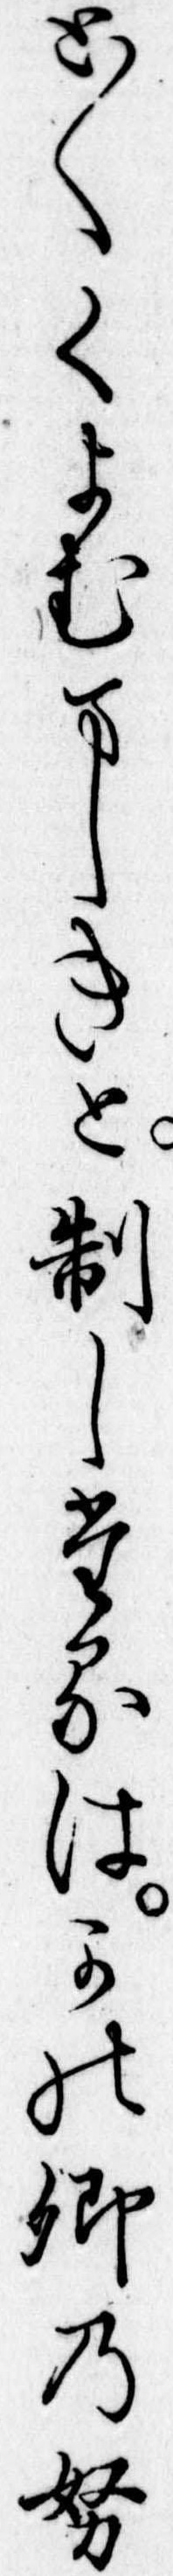
と〱くよむましきと制したるはかの卿の努